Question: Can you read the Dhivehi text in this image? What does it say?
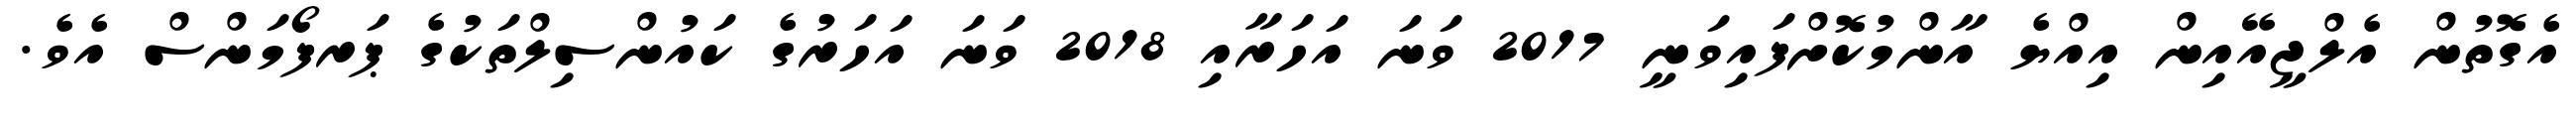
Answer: އެގޮތުން އެލްޖީއޭއިން އިއްޔެ އާންމުކޮށްފައިވަނީ 2017 ވަނަ އަހަރާއި 2018 ވަނަ އަހަރުގެ ކައުންސިލްތަކުގެ ޕަރފޯމަންސް އެވެ.